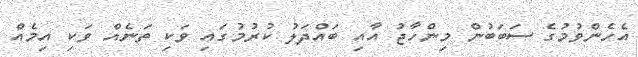
އެހެންވުމުގެ ސަބަބުން މިންހާޖު އާއި ބައްދަލު ކުރުމުގައި ވަކި ތަނެއް ވަކި އިމެއް